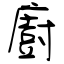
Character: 廚